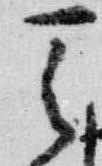
天